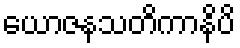
ယောဇနသတိကာနိပိ